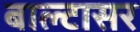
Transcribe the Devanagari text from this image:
बाल्टासर